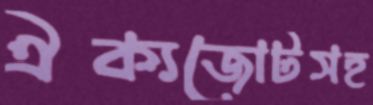
ঐক্যজোটসহ